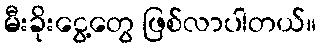
မီးခိုးငွေ့တွေ ဖြစ်လာပါတယ်။